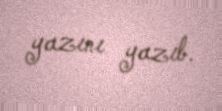
yazını yazıb.